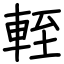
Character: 輊